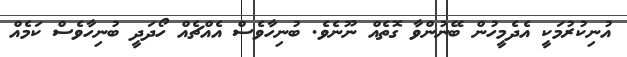
އުނިކުރުމަކީ އެދެމީހުން ބޭނުންވާ ގޮތެއް ނޫނެވެ. ބުނިހާވެސް އެއްޗެއް ހޯދަދީ ބުނިހާވެސް ކަމެއް